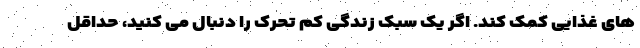
های غذایی کمک کند. اگر یک سبک زندگی کم تحرک را دنبال می کنید، حداقل